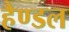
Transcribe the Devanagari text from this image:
हैण्डल